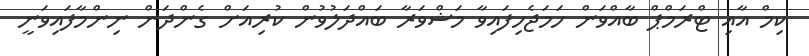
ކިމް އާއި ޓްރަމްޕް ބާއްވަން ހަމަޖެހިފައިވާ މަޝްވަރާ ބައްދަލުވުން ކުރިއަށް ގެންދަން ނިންމާފައިވަނީ